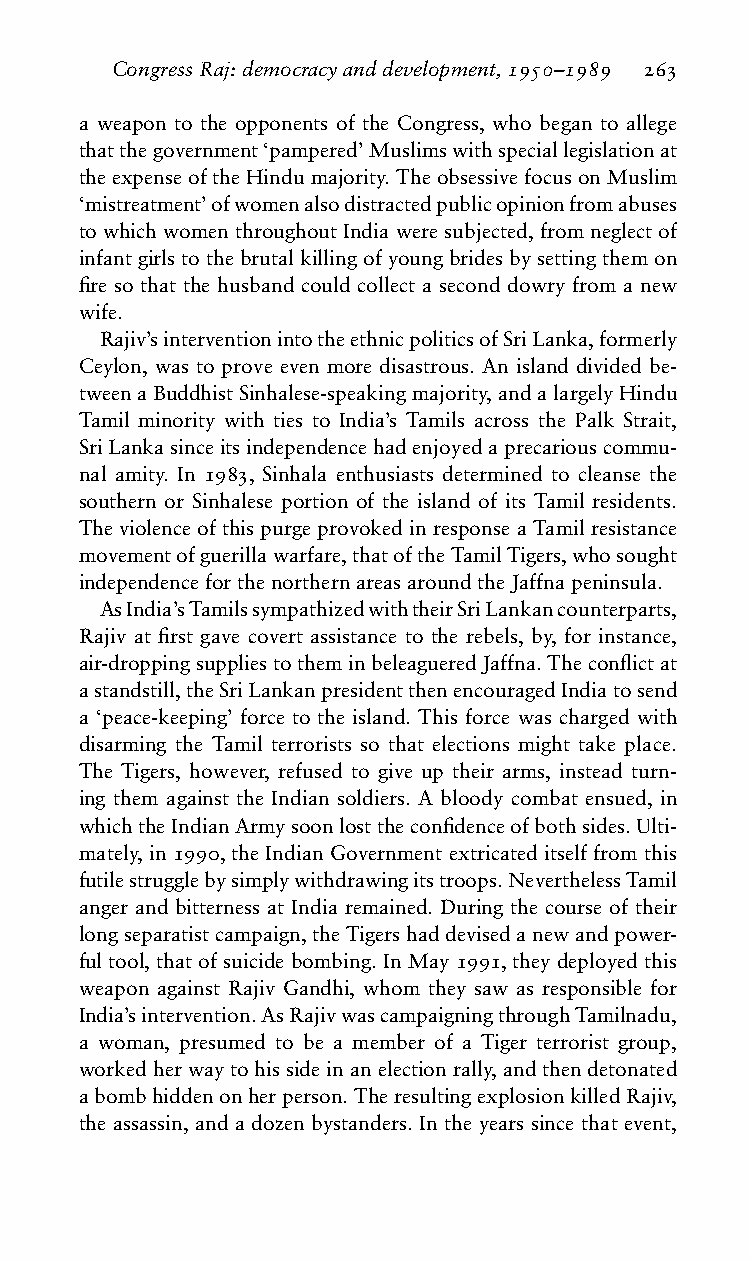
CongressRaj:democracyanddevelopment,1950–1989 263
 a weapon to the opponents of the Congress, who began to allege
 thatthegovernment‘pampered’Muslimswithspeciallegislationat
 theexpenseoftheHindumajority.TheobsessivefocusonMuslim
 ‘mistreatment’ofwomenalsodistractedpublicopinionfromabuses
 towhichwomenthroughoutIndiaweresubjected,fromneglectof
 infantgirlstothebrutalkillingofyoungbridesbysettingthemon
 fire so that the husband could collect a second dowry from a new
 wife.
 Rajiv’sinterventionintotheethnicpoliticsofSriLanka,formerly
 Ceylon, was to prove even more disastrous. An island divided be-
 tweenaBuddhistSinhalese-speakingmajority,andalargelyHindu
 Tamil minority with ties to India’s Tamils across the Palk Strait,
 SriLankasinceitsindependencehadenjoyedaprecariouscommu-
 nal amity. In 1983, Sinhala enthusiasts determined to cleanse the
 southern or Sinhalese portion of the island of its Tamil residents.
 TheviolenceofthispurgeprovokedinresponseaTamilresistance
 movementofguerillawarfare,thatoftheTamilTigers,whosought
 independenceforthenorthernareasaroundtheJaffnapeninsula.
 AsIndia’sTamilssympathizedwiththeirSriLankancounterparts,
 Rajiv at first gave covert assistance to the rebels, by, for instance,
 air-droppingsuppliestotheminbeleagueredJaffna.Theconflictat
 astandstill,theSriLankanpresidentthenencouragedIndiatosend
 a ‘peace-keeping’ force to the island. This force was charged with
 disarming the Tamil terrorists so that elections might take place.
 The Tigers, however, refused to give up their arms, instead turn-
 ing them against the Indian soldiers. A bloody combat ensued, in
 whichtheIndianArmysoonlosttheconfidenceofbothsides.Ulti-
 mately, in 1990, the Indian Government extricated itself from this
 futilestrugglebysimplywithdrawingitstroops.NeverthelessTamil
 anger and bitterness at India remained. During the course of their
 longseparatistcampaign,theTigershaddevisedanewandpower-
 ful tool, that of suicide bombing. In May 1991, they deployed this
 weapon against Rajiv Gandhi, whom they saw as responsible for
 India’sintervention.AsRajivwascampaigningthroughTamilnadu,
 a woman, presumed to be a member of a Tiger terrorist group,
 workedherwaytohissideinanelectionrally,andthendetonated
 abombhiddenonherperson.TheresultingexplosionkilledRajiv,
 the assassin, and a dozen bystanders. In the years since that event,